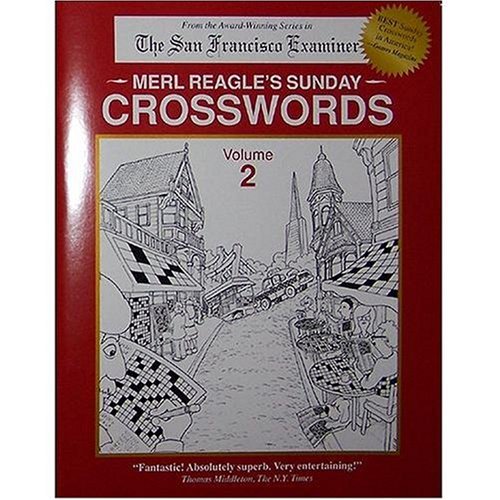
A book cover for Merl Reagle's Sunday Crosswords, Vol. 2; Merl Reagle; Humor & Entertainment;